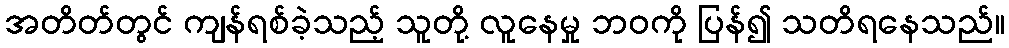
အတိတ်တွင် ကျန်ရစ်ခဲ့သည့် သူတို့ လူနေမှု ဘဝကို ပြန်၍ သတိရနေသည်။